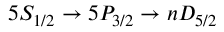
5 S _ { 1 / 2 } \rightarrow 5 P _ { 3 / 2 } \rightarrow n D _ { 5 / 2 }